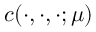
c ( \cdot , \cdot , \cdot ; \mu )